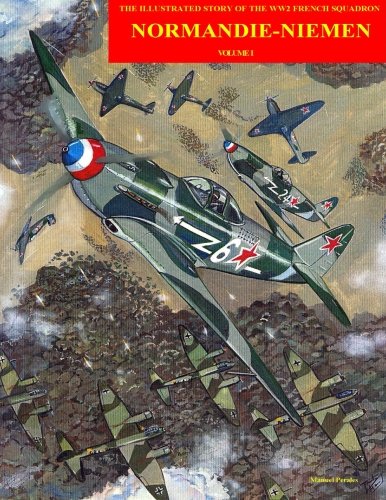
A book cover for Normandie-Niemen: Illustrated story on the famous Free French figther squadron in Russia during WW2 (Volume 1); Mr Manuel Perales; Comics & Graphic Novels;